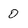
Character: O